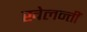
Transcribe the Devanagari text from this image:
खेलन्तीं